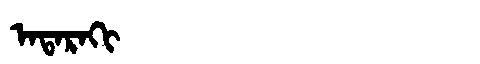
Manchu: ᠠᡨᠠᡵᠠᡴᡳ
Romanization: ATARAKI